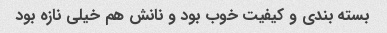
بسته بندی و کیفیت خوب بود و نانش هم خیلی نازه بود